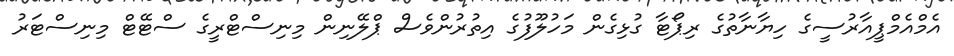
އެމްއެމްޕީއާރުސީގެ ހިޔާނާތުގެ ރިޕޯޓާ ގުޅިގެން މަހުލޫފުގެ އިތުރުންވެސް ޕްލޭނިން މިނިސްޓްރީގެ ސްޓޭޓް މިނިސްޓަރު